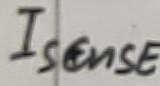
Text: Isense